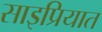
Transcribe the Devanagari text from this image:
साइप्रियात